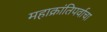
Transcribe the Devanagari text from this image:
महाक्रांतिपर्वाचा